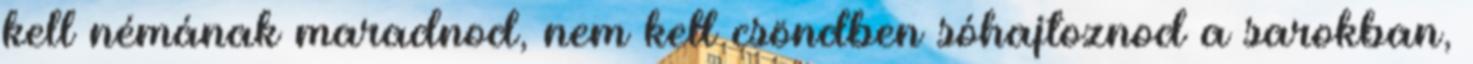
kell némának maradnod, nem kell csöndben sóhajtoznod a sarokban,